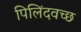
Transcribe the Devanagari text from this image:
पिलिंदवच्छ